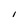
Character: i